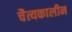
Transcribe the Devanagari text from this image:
चैत्यकालीन